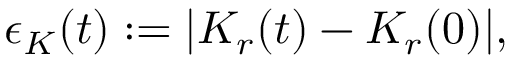
\epsilon _ { K } ( t ) : = | K _ { r } ( t ) - K _ { r } ( 0 ) | ,